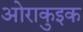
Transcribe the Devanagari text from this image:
ओराकुइक